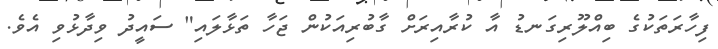
ފިހާރަތަކުގެ ބިއްލޫރިގަނޑު އާ ކުރާއިރަށް ގާބުރިއަކުން ޖަހާ ތަޅާލައި" ސައީދު ވިދާޅުވި އެވެ.